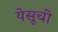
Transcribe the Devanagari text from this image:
येसूची